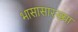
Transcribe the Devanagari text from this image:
भासासारख्या